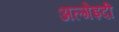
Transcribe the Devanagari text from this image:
अल्गेइदी